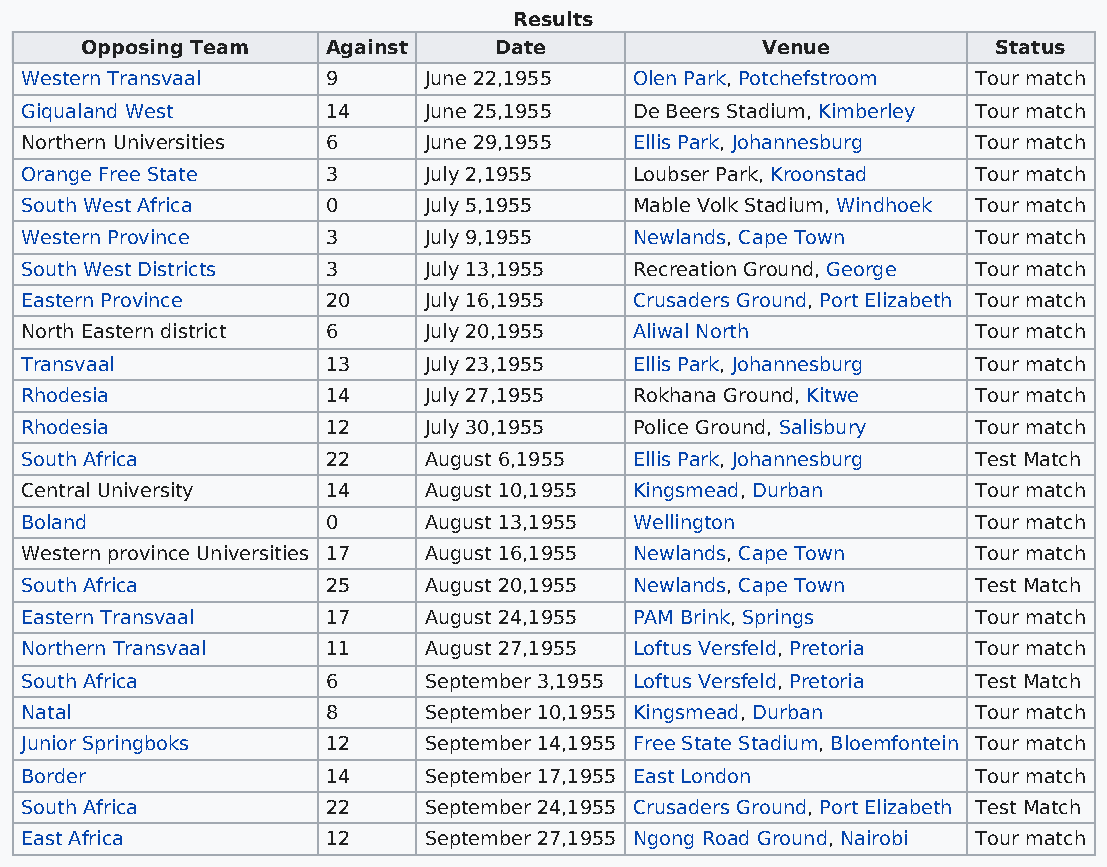
Results
 Opposing Team    Against    Date             Venue           Status
 Western Transvaal    9     June 22,1955  Olen Park, Potchefstroom Tour match
 Giqualand West       14    June 25,1955  De Beers Stadium, Kimberley Tour match
 Northern Universities 6    June 29,1955  Ellis Park, Johannesburg Tour match
 Orange Free State    3     July 2,1955   Loubser Park, Kroonstad Tour match
 South West Africa    0     July 5,1955   Mable Volk Stadium, Windhoek Tour match
 Western Province     3     July 9,1955   Newlands, Cape Town    Tour match
 South West Districts 3     July 13,1955  Recreation Ground, George Tour match
 Eastern Province     20    July 16,1955  Crusaders Ground, Port Elizabeth Tour match
 North Eastern district 6   July 20,1955  Aliwal North           Tour match
 Transvaal            13    July 23,1955  Ellis Park, Johannesburg Tour match
 Rhodesia             14    July 27,1955  Rokhana Ground, Kitwe  Tour match
 Rhodesia             12    July 30,1955  Police Ground, Salisbury Tour match
 South Africa         22    August 6,1955 Ellis Park, Johannesburg Test Match
 Central University   14    August 10,1955 Kingsmead, Durban     Tour match
 Boland               0     August 13,1955 Wellington            Tour match
 Western province Universities 17 August 16,1955 Newlands, Cape Town Tour match
 South Africa         25    August 20,1955 Newlands, Cape Town   Test Match
 Eastern Transvaal    17    August 24,1955 PAM Brink, Springs    Tour match
 Northern Transvaal   11    August 27,1955 Loftus Versfeld, Pretoria Tour match
 South Africa         6     September 3,1955 Loftus Versfeld, Pretoria Test Match
 Natal                8     September 10,1955 Kingsmead, Durban  Tour match
 Junior Springboks    12    September 14,1955 Free State Stadium, Bloemfontein Tour match
 Border               14    September 17,1955 East London        Tour match
 South Africa         22    September 24,1955 Crusaders Ground, Port Elizabeth Test Match
 East Africa          12    September 27,1955 Ngong Road Ground, Nairobi Tour match